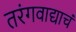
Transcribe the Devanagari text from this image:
तरंगवाद्याचं